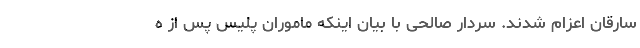
سارقان اعزام شدند. سردار صالحی با بیان اینکه ماموران پلیس پس از ه